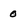
Character: 0